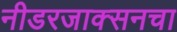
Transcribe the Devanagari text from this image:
नीडरजाक्सनचा